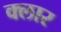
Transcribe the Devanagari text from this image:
क्लार